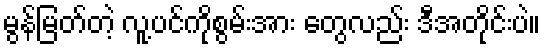
မွန်မြတ်တဲ့ လူ့ပင်ကိုစွမ်းအား တွေလည်း ဒီအတိုင်းပဲ။